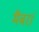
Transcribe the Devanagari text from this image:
मैंबरां